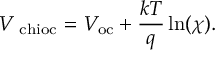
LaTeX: \quad V _ { \mathrm { \ c h i o c } } = V _ { \mathrm { o c } } + { \frac { k T } { q } } \ln ( \chi ) .